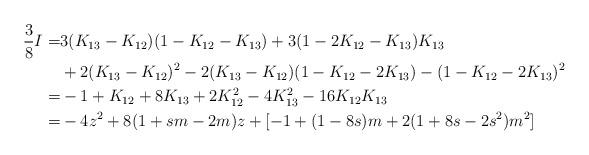
LaTeX: \begin{align*}\frac 38 I =& 3(K_{13} -K_{12})(1-K_{12}-K_{13}) +3 (1-2K_{12}-K_{13}) K_{13}\\ & + 2(K_{13}-K_{12})^2 - 2(K_{13}-K_{12})(1-K_{12}-2K_{13}) - (1-K_{12}-2K_{13})^2 \\=& -1+K_{12}+8K_{13}+2K_{12}^2-4K_{13}^2-16K_{12}K_{13}\\=& -4z^2 + 8(1+sm-2m)z + [-1+(1-8s)m+2(1+8s-2s^2)m^2] \\\end{align*}